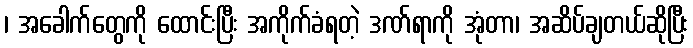
၊ အခေါက်တွေကို ထောင်းပြီး အကိုက်ခံရတဲ့ ဒဏ်ရာကို အုံတာ၊ အဆိပ်ချတယ်ဆိုပြီး